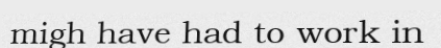
migh have had to work in